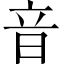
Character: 音